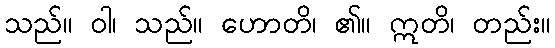
သည်။ ဝါ၊ သည်။ ဟောတိ၊ ၏။ ဣတိ၊ တည်း။